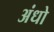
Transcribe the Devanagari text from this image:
अंधो